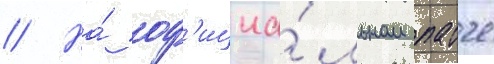
// На́ оф'ициа́льном патче